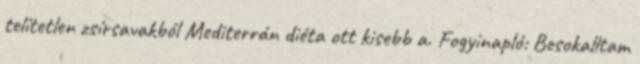
telítetlen zsírsavakból Mediterrán diéta ott kisebb a. Fogyinapló: Besokalltam